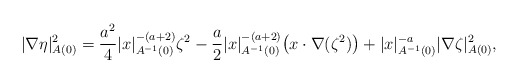
\begin{align*}|\nabla \eta|^2_{A(0)} = \frac{a^2}{4} |x|_{A^{-1}(0)}^{-(a+2)} \zeta^2- \frac{a}{2} |x|_{A^{-1}(0)}^{-(a+2)} \big(x \cdot \nabla(\zeta^2) \big)+ |x|_{A^{-1}(0)}^{-a} |\nabla \zeta|^2_{A(0)},\end{align*}